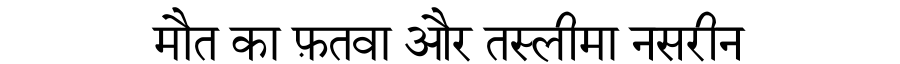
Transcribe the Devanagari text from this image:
मौत का फ़तवा और तस्लीमा नसरीन